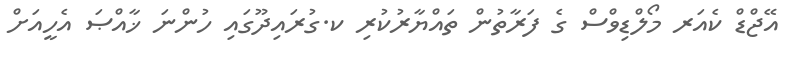
އޭޖްޑް ކެއަރ މޯލްޑިވްސް ގެ ފަރާތުން ތައްޔާރުކުރި ކ.ގުރައިދޫގައި ހުންނަ ޚާއްޞަ އެހީއަށް